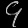
Digit: ၄